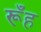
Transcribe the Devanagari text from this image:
रूँह